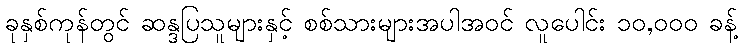
ခုနှစ်ကုန်တွင် ဆန္ဒပြသူများနှင့် စစ်သားများအပါအဝင် လူပေါင်း ၁၀,၀၀၀ ခန့်